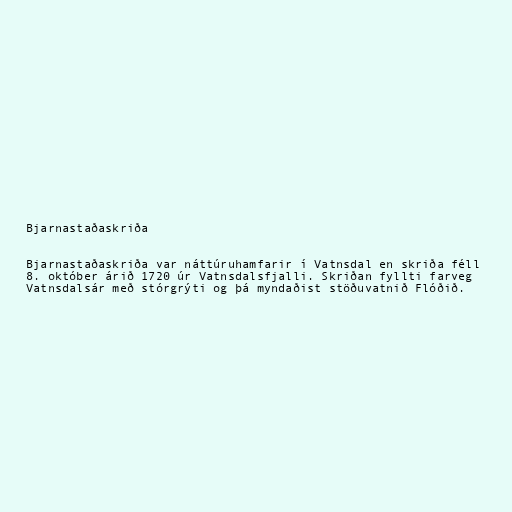
Bjarnastaðaskriða

Bjarnastaðaskriða var náttúruhamfarir í Vatnsdal en skriða féll
8. október árið 1720 úr Vatnsdalsfjalli. Skriðan fyllti farveg
Vatnsdalsár með stórgrýti og þá myndaðist stöðuvatnið Flóðið.